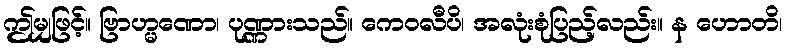
ဤမျှဖြင့်။ ဗြာဟ္မဏော၊ ပုဏ္ဏားသည်။ ကေဝလီပိ၊ အလုံးစုံပြည့်လည်း။ န ဟောတိ၊